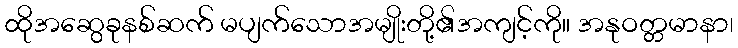
ထိုအဆွေခုနစ်ဆက် မပျက်သောအမျိုးတို့၏အကျင့်ကို။ အနုဝတ္တမာနာ၊